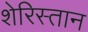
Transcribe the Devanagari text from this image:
शेरिस्तान